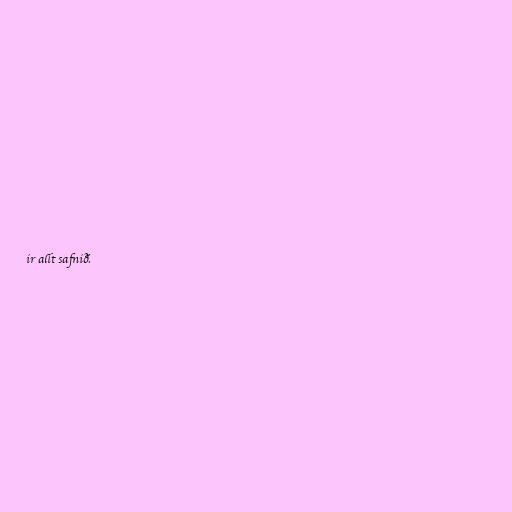
ir allt safnið.